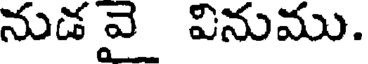
నుడ వై వినుము.